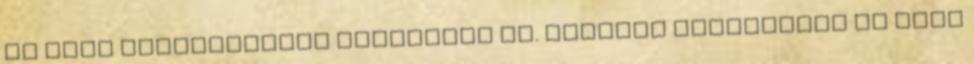
az első legfontosabb fejezetét is. Munkája legalábbis az első